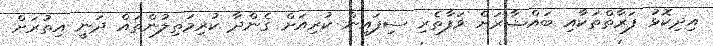
އިދިކޮޅު ފަރާތްތަކާއި ބައްޝާރަށް ވަފާތެރި ސިފައިން ކުރިއަށް ގެންދާ ކުރިމަތިލުންތައް ދަނީ އިތުރަށް